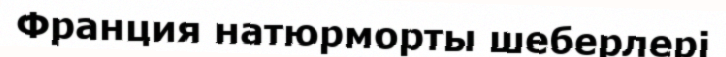
Франция натюрморты шеберлері